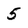
Character: 5